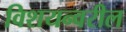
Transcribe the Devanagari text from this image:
विशयन्वरील